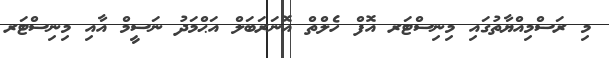
މި ރަސްމިއްޔާތުގައި މިނިސްޓަރ އޮފް ހެލްތް އޮނަރަބަލް އަޙްމަދު ނަސީމް އާއި މިނިސްޓަރ